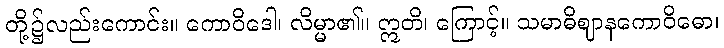
တို့၌လည်းကောင်း။ ကောဝိဒေါ၊ လိမ္မာ၏။ ဣတိ၊ ကြောင့်။ သမာဓိဈာနကောဝိဓော၊